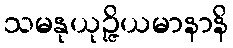
သမနုယုဉ္ဇိယမာနာနိ